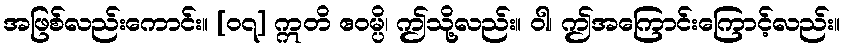
အဖြစ်လည်းကောင်း။ [၀၇] ဣတိ ဧဝမ္ပိ၊ ဤသို့လည်း။ ဝါ၊ ဤအကြောင်းကြောင့်လည်း။